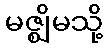
မဇ္ဈိမသို့